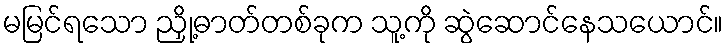
မမြင်ရသော ညှို့ဓာတ်တစ်ခုက သူ့ကို ဆွဲဆောင်နေသယောင်။